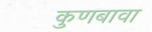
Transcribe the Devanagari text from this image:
कुणबावा